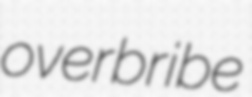
overbribe